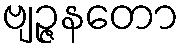
ဗျဉ္ဇနတော